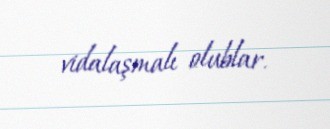
vidalaşmalı olublar.